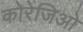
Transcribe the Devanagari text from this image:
कोरेजिओ